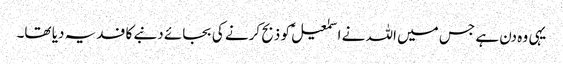
یہی وہ دن ہے جس میں اللہ نے اسمٰعیلؑ کو ذبح کرنے کی بجائے دنبے کا فدیہ دیا تھا۔